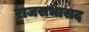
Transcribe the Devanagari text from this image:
राजसभासद